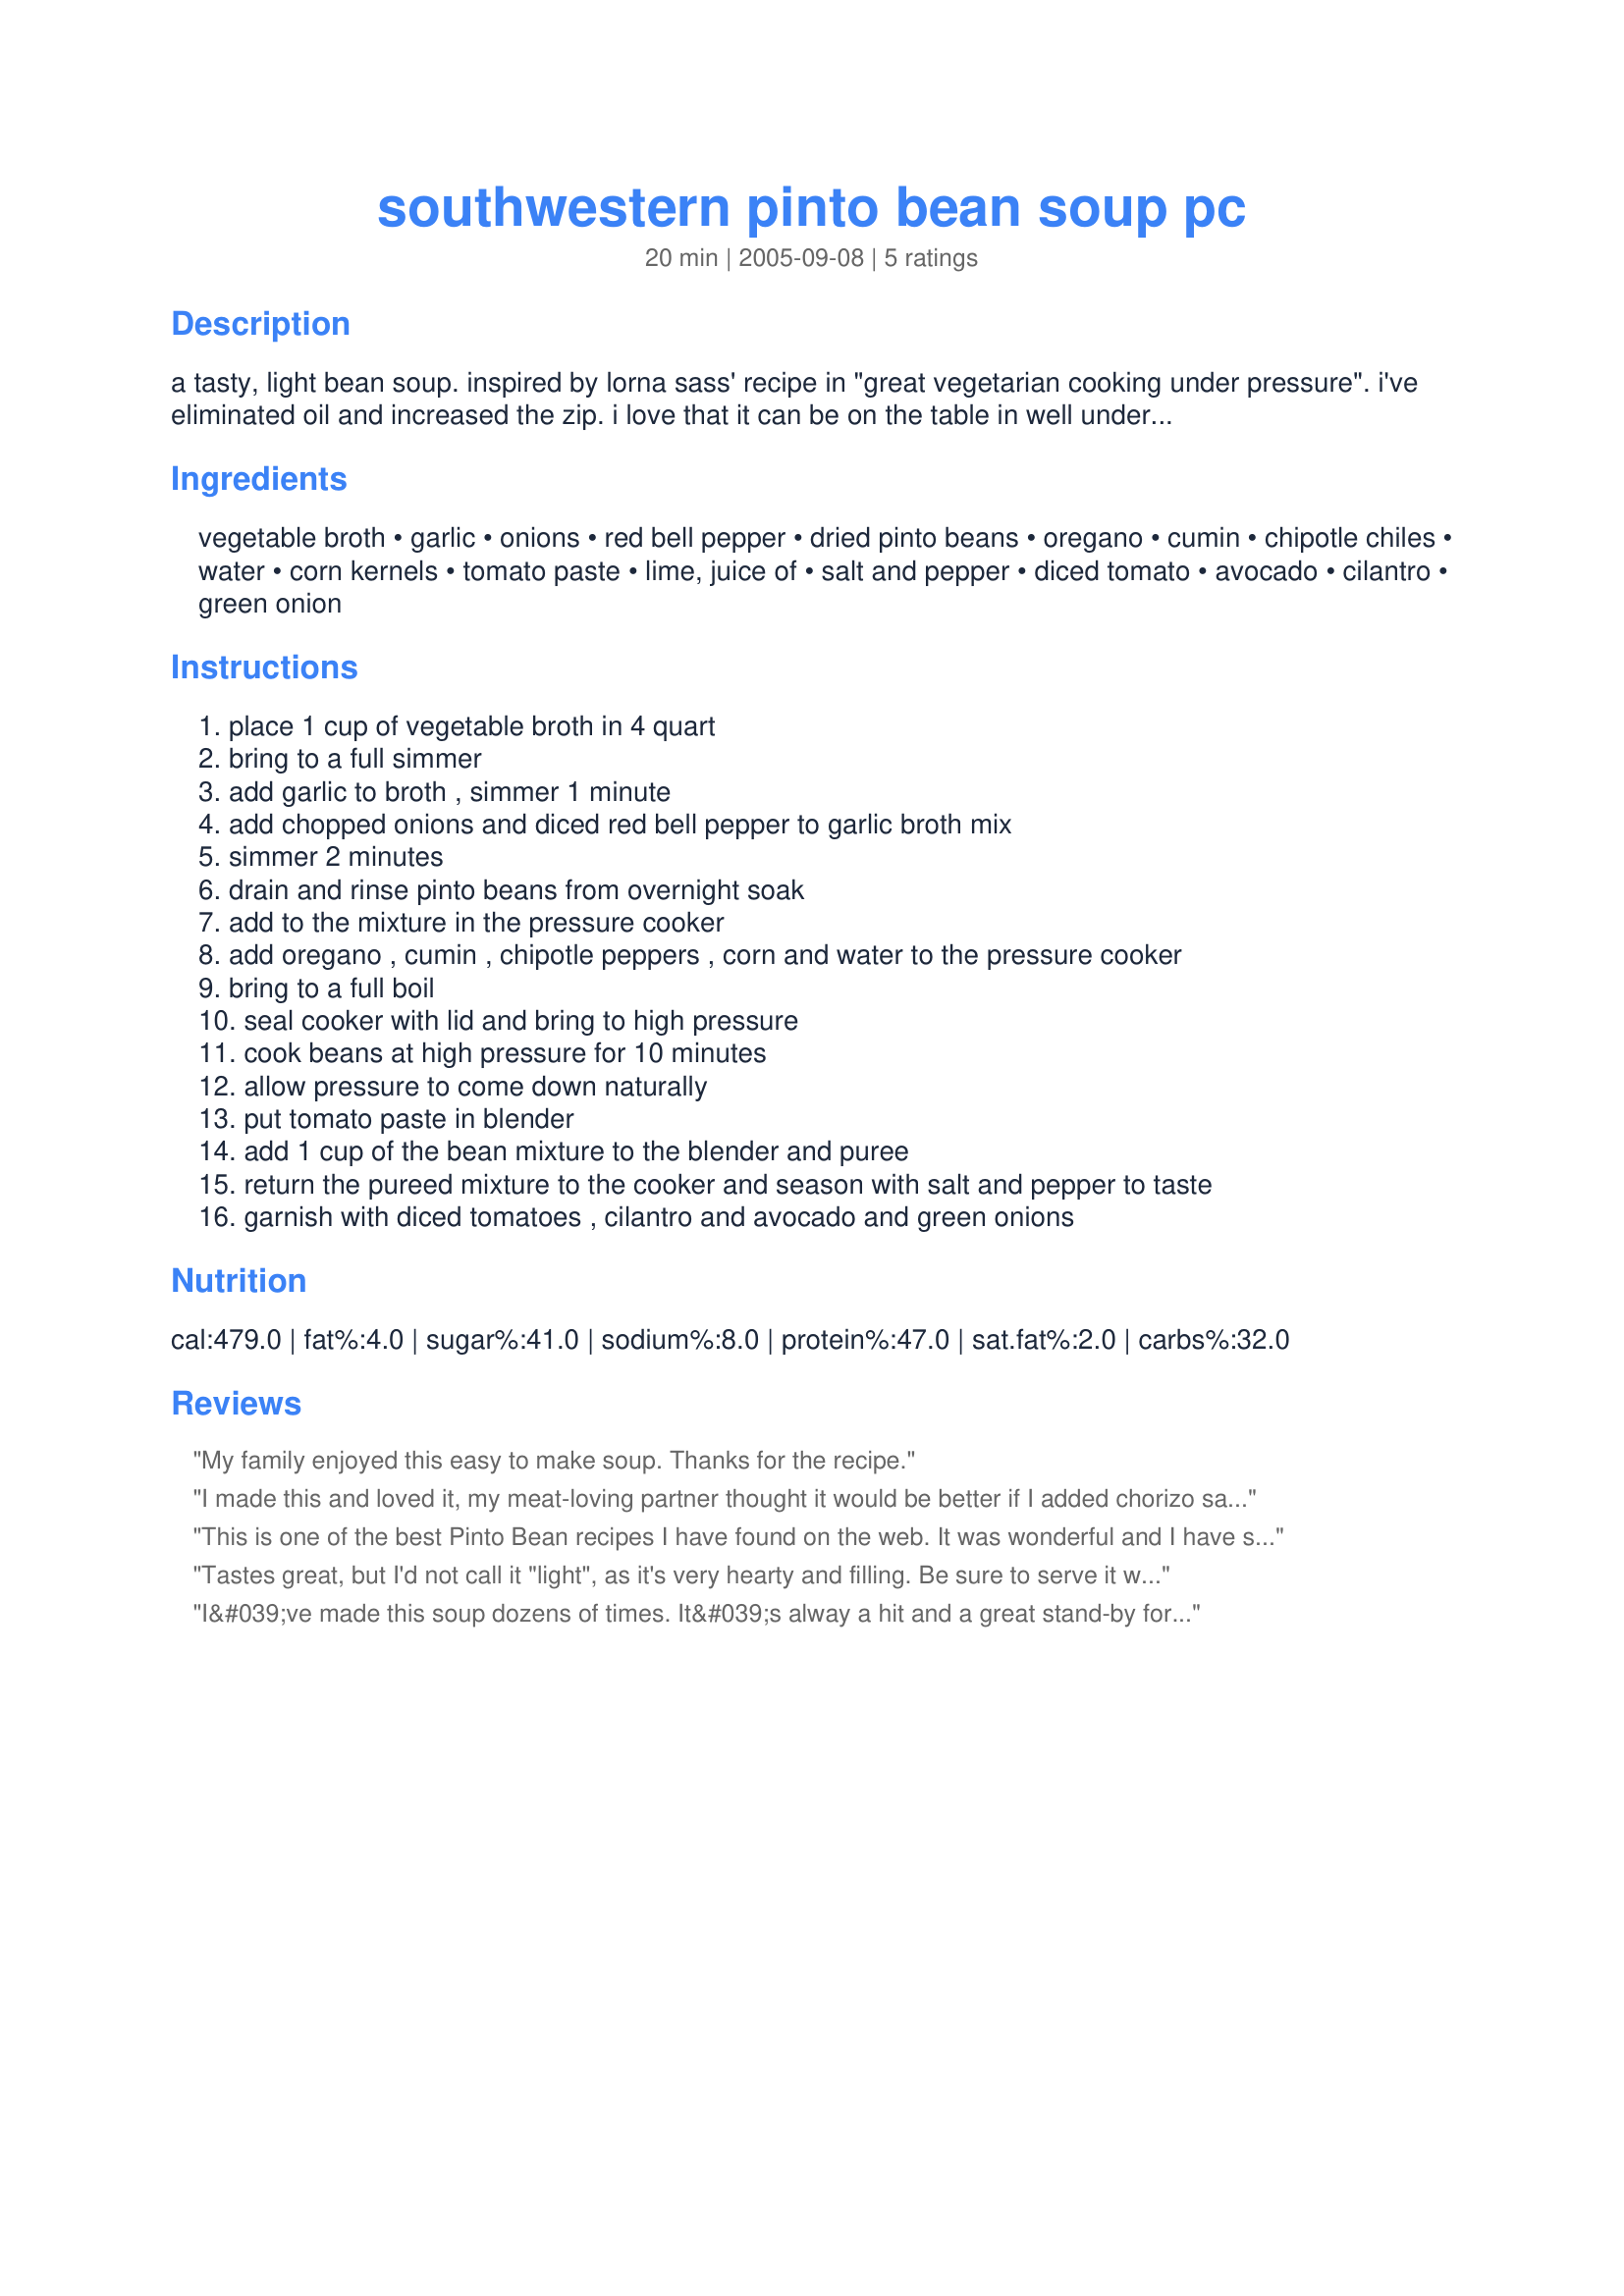
southwestern pinto bean soup pc
Preparation time: 20 minutes

a tasty, light bean soup. inspired by lorna sass' recipe in "great vegetarian cooking under pressure". i've eliminated oil and increased the zip. i love that it can be on the table in well under 30 minutes.

Ingredients:
vegetable broth, garlic, onions, red bell pepper, dried pinto beans, oregano, cumin, chipotle chiles, water, corn kernels, tomato paste, lime, juice of, salt and pepper, diced tomato, avocado, cilantro, green onion

Steps:
place 1 cup of vegetable broth in 4 quart, bring to a full simmer, add garlic to broth , simmer 1 minute, add chopped onions and diced red bell pepper to garlic broth mix, simmer 2 minutes, drain and rinse pinto beans from overnight soak, add to the mixture in the pressure cooker, add oregano , cumin , chipotle peppers , corn and water to the pressure cooker, bring to a full boil, seal cooker with lid and bring to high pressure, cook beans at high pressure for 10 minutes, allow pressure to come down naturally, put tomato paste in blender, add 1 cup of the bean mixture to the blender and puree, return the pureed mixture to the cooker and season with salt and pepper to taste, garnish with diced tomatoes , cilantro and avocado and green onions

Reviews:
My family enjoyed this easy to make soup. Thanks for the recipe.
I made this and loved it, my meat-loving partner thought it would be better if I added chorizo sausages, so I did. I now make it both ways. We cannot get chipoltes readily here so I just use long red (fresno)chillies or jalapenos and it tastes great. It also freeze and microwaves well. I serve it with a dollop of sour cream and some shredded cheese and onions.
This is one of the best Pinto Bean recipes I have found on the web. It was wonderful and I have shared it with several of my friends, Thanks
Tastes great, but I'd not call it "light", as it's very hearty and filling. Be sure to serve it with a wedge of lime, the acidity adds a bright, fresh note that bean soups really need. Also, when pressure cooking beans a small amount of oil is recommended to prevent the beans from foaming up and clogging the valves. I used a ham hock in mine, and I agree that a little Mexican chorizo would be a great addition, as it contains vinegar and would also provide a little "chew" to the texture. My skeptical husband really enjoyed this soup.
I&#039;ve made this soup dozens of times. It&#039;s alway a hit and a great stand-by for me Many thanks to the chef.
